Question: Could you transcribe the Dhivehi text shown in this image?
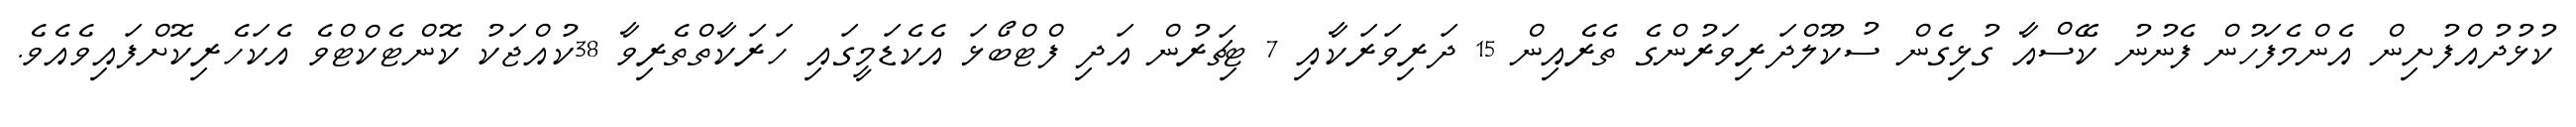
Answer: ކުޅުދުއްފުށިން އެންމެފަހުން ފެނުނު ކޭސްއާ ގުޅިގެން ސުކޫލްދަރިވަރުންގެ ތެރެއިން 15 ދަރިވަރަކާއި 7 ޓިޗަރުން އަދި ފްޓްބޯޅަ އެކެޑަމީގައި ހަރަކާތްތެރިވާ 38ކުއްޖަކު ކޮންޓެކްޓްވެ އެކަހެރިކޮށްފައިވެއެވެ.